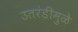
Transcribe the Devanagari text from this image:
उतरंडीमुळे